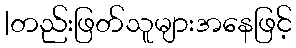
|တည်းဖြတ်သူများအနေဖြင့်